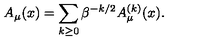
A _ { \mu } ( x ) = \sum _ { k \ge 0 } \beta ^ { - k / 2 } A _ { \mu } ^ { ( k ) } ( x ) .